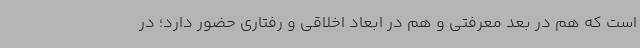
است که هم در بعد معرفتی و هم در ابعاد اخلاقی و رفتاری حضور دارد؛ در